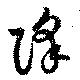
降